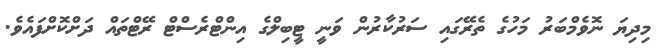
މިދިޔަ ނޮވެމްބަރު މަހުގެ ތެރޭގައި ސަރުކާރުން ވަނީ ޓީބިލްގެ އިންޓްރެސްޓް ރޭޓްތައް ދަށްކޮށްފައެވެ.